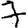
Digit: 7